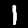
Label: 1